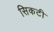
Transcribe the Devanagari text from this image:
सिकटी